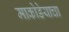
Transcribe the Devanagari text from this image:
माकोडेयाचा